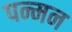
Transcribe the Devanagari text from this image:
पन्मन